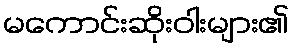
မကောင်းဆိုးဝါးများ၏